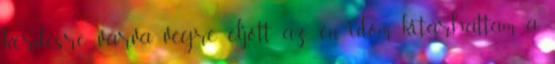
kérdésre várva végre eljött az én időm, kitárhattam a